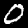
Label: 0